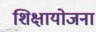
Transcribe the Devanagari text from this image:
शिक्षायोजना